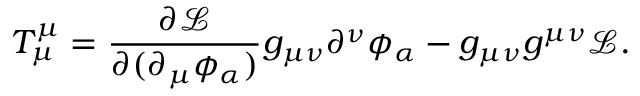
T _ { \mu } ^ { \mu } = { \frac { \partial { \mathcal { L } } } { \partial ( \partial _ { \mu } \phi _ { \alpha } ) } } g _ { \mu \nu } \partial ^ { \nu } \phi _ { \alpha } - g _ { \mu \nu } g ^ { \mu \nu } { \mathcal { L } } .